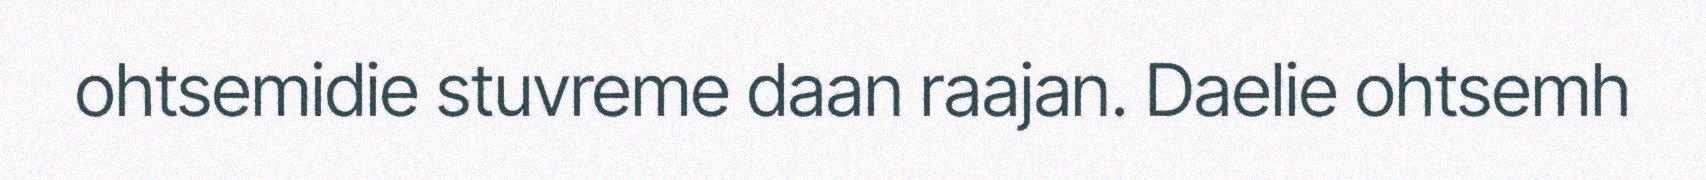
ohtsemidie stuvreme daan raajan. Daelie ohtsemh